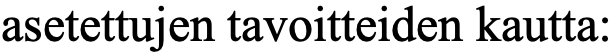
asetettujen tavoitteiden kautta: